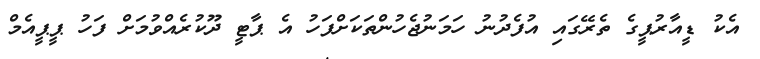
އެކު ޑީއާރުޕީގެ ތެރޭގައި އުފެދުނު ހަމަނުޖެހުންތަކަށްފަހު އެ ޕާޓީ ދޫކުރެއްވުމަށް ފަހު ޕީޕީއެމް